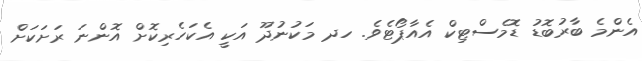
އެންމެ ބާރުބޮޑު ޑޮމެސްޓިކް އެއާޕޯޓެވެ. ހދ މަކުނުދޫ އަކީ އެކަހެރިކޮށް އޮންނަ ރަށަކަށް